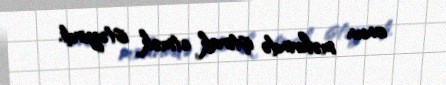
onun məhvində iştirak etmək istəyirdi.